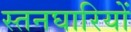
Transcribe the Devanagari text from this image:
स्तनघारियों